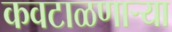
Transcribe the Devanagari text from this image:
कवटाळणाऱ्या